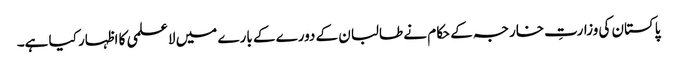
پاکستان کی وزارتِ خارجہ کے حکام نے طالبان کے دورے کے بارے میں لاعلمی کا اظہار کیا ہے۔